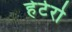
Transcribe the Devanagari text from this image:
हेटेरो